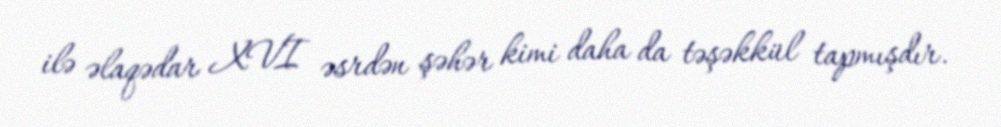
ilə əlaqədar XVI əsrdən şəhər kimi daha da təşəkkül tapmışdır.